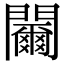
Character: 䦵